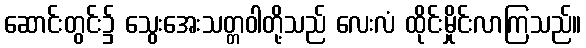
ဆောင်းတွင်း၌ သွေးအေးသတ္တဝါတို့သည် လေးလံ ထိုင်းမှိုင်းလာကြသည်။